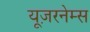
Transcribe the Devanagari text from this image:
यूज़रनेम्स